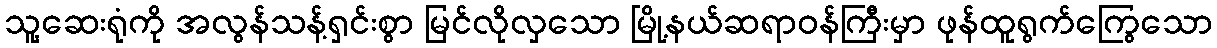
သူ့ဆေးရုံကို အလွန်သန့်ရှင်းစွာ မြင်လိုလှသော မြို့နယ်ဆရာဝန်ကြီးမှာ ဖုန်ထူရွက်ကြွေသော